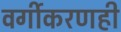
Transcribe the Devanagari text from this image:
वर्गीकरणही